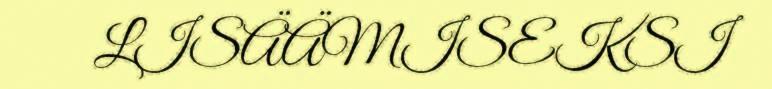
LISÄÄMISEKSI